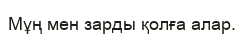
Мұң мен зарды қолға алар.